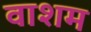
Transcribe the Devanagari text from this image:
वाशम